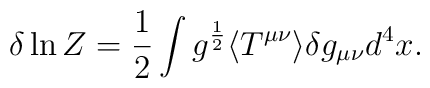
\delta \ln Z={1\over2}\int g^{1\over2}\langle T^{\mu\nu}\rangle \delta g_{\mu\nu}d^4 x\space.